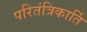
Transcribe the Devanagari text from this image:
परितंत्रिकार्ति